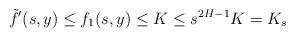
LaTeX: \begin{align*}\tilde{f}'(s,y)\le f_1(s,y)\le K\le s^{2H-1}K=K_s\end{align*}